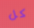
كل